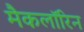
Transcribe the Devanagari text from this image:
मैकलॉरिन